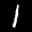
Label: 1